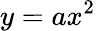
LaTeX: y=ax^{2}